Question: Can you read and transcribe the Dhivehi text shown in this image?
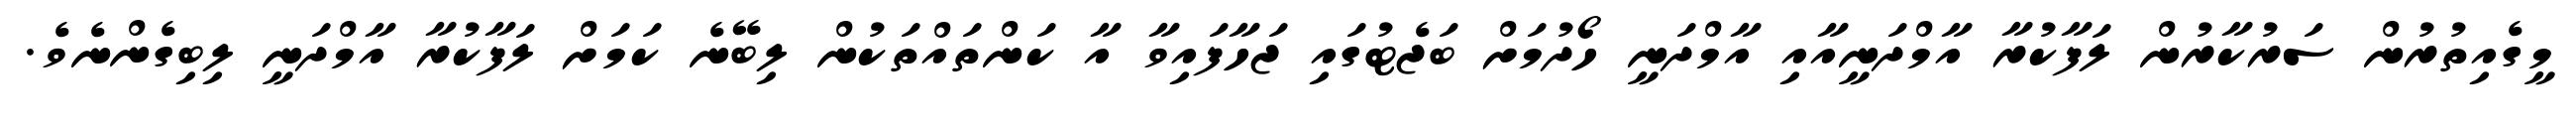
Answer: މީގެއިތުރުން ސަރުކާރުން ލަފާކުރާ އާމްދަނީއާއި އާމްދަނީ ހޯދުމަށް ބަޖެޓުގައި ޖަހާފައިވާ އާ ކަންތައްތަކުން ލިބޭނެ ކަމަށް ލަފާކުރާ އާމްދަނީ ލިބިގެންނެވެ.